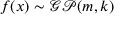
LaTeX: f ( x ) \sim { \mathcal { G P } } ( m , k )